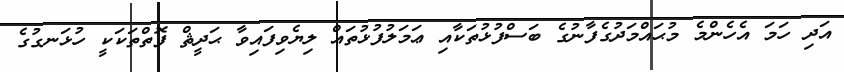
އަދި ހަމަ އެހެންމެ މުޙައްމަދުގެފާނުގެ ބަސްފުޅުތަކާއި ޢަމަލުފުޅުތައް ލިޔެވިފައިވާ ޙަދީޘް ފޮތްތަކަކީ ހުޅަނގުގެ